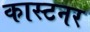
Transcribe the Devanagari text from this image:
कास्टनर